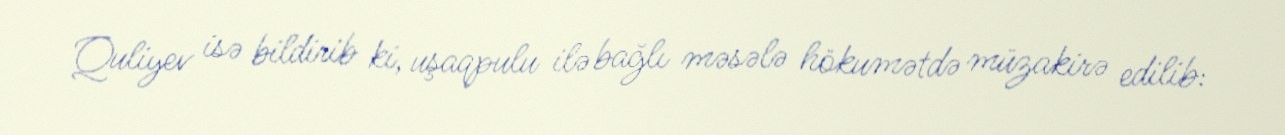
Quliyev isə bildirib ki, uşaqpulu ilə bağlı məsələ hökumətdə müzakirə edilib: